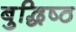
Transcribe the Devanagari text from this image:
बुद्धिष्‍ठ